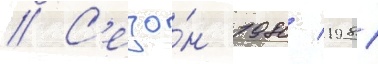
// С'езо́н 1980/ 1981